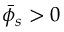
\bar { \phi } _ { s } > 0